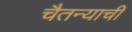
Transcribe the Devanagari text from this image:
चैतन्याची